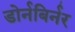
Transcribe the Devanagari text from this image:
डोर्नबिर्नर